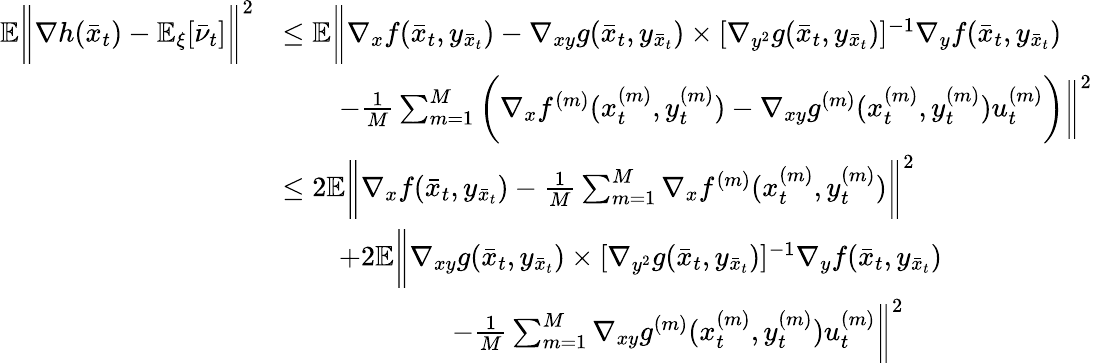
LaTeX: \begin{array}{rl}{\mathbb{E}\bigg\| \nabla h(\bar{x}_{t})-\mathbb{E}_{\xi}[\bar{\nu}_{t}]\bigg\| ^{2}}&{\leq\mathbb{E}\bigg\| \nabla_{x}f(\bar{x}_{t},y_{\bar{x}_{t}})-\nabla_{xy}g(\bar{x}_{t},y_{\bar{x}_{t}})\times[\nabla_{y^{2}}g(\bar{x}_{t},y_{\bar{x}_{t}})]^{-1}\nabla_{y}f(\bar{x}_{t},y_{\bar{x}_{t}})}\\ &{\qquad-\frac{1}{M}\sum_{m=1}^{M}\bigg(\nabla_{x}f^{(m)}(x_{t}^{(m)},y_{t}^{(m)})-\nabla_{xy}g^{(m)}(x_{t}^{(m)},y_{t}^{(m)})u_{t}^{(m)}\bigg)\bigg\| ^{2}}\\ &{\leq 2\mathbb{E}\bigg\| \nabla_{x}f(\bar{x}_{t},y_{\bar{x}_{t}})-\frac{1}{M}\sum_{m=1}^{M}\nabla_{x}f^{(m)}(x_{t}^{(m)},y_{t}^{(m)})\bigg\| ^{2}}\\ &{\qquad+2\mathbb{E}\bigg\| \nabla_{xy}g(\bar{x}_{t},y_{\bar{x}_{t}})\times[\nabla_{y^{2}}g(\bar{x}_{t},y_{\bar{x}_{t}})]^{-1}\nabla_{y}f(\bar{x}_{t},y_{\bar{x}_{t}})}\\ &{\qquad\qquad\qquad-\frac{1}{M}\sum_{m=1}^{M}\nabla_{xy}g^{(m)}(x_{t}^{(m)},y_{t}^{(m)})u_{t}^{(m)}\bigg\| ^{2}}\end{array}